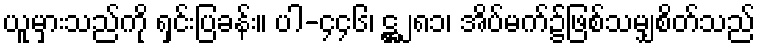
ယူမှားသည်ကို ရှင်းပြခန်း။ ပါ-၄၄၆၊ ဋ္ဌ၂၈၁၊ အိပ်မက်၌ဖြစ်သမျှစိတ်သည်